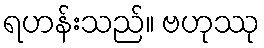
ရဟန်းသည်။ ဗဟုဿု